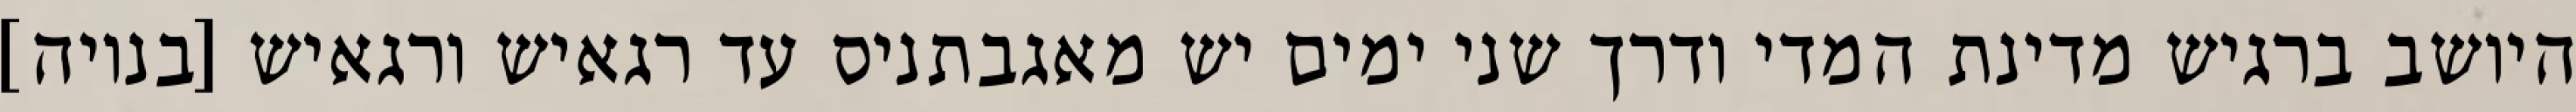
היושב ברגיש מדינת המדי ודרך שני ימים יש מאגבתניס עד רגאיש ורגאיש [בנויה]